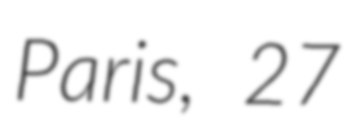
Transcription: Paris, 27